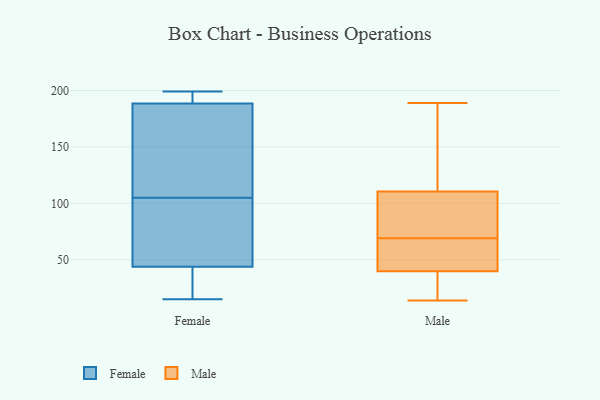
{"axis": {"x": "Energy Usage (MWh)", "y": "Value"}, "legend": ["Female", "Male"], "data": [{"x": "", "y": 105, "type": "Female"}, {"x": "", "y": 43, "type": "Female"}, {"x": "", "y": 46, "type": "Female"}, {"x": "", "y": 15, "type": "Female"}, {"x": "", "y": 189, "type": "Female"}, {"x": "", "y": 187, "type": "Female"}, {"x": "", "y": 199, "type": "Female"}, {"x": "", "y": 71, "type": "Female"}, {"x": "", "y": 16, "type": "Female"}, {"x": "", "y": 145, "type": "Female"}, {"x": "", "y": 189, "type": "Female"}, {"x": "", "y": 48, "type": "Male"}, {"x": "", "y": 14, "type": "Male"}, {"x": "", "y": 189, "type": "Male"}, {"x": "", "y": 42, "type": "Male"}, {"x": "", "y": 148, "type": "Male"}, {"x": "", "y": 33, "type": "Male"}, {"x": "", "y": 189, "type": "Male"}, {"x": "", "y": 55, "type": "Male"}, {"x": "", "y": 98, "type": "Male"}, {"x": "", "y": 90, "type": "Male"}, {"x": "", "y": 176, "type": "Male"}, {"x": "", "y": 69, "type": "Male"}, {"x": "", "y": 55, "type": "Male"}, {"x": "", "y": 18, "type": "Male"}, {"x": "", "y": 82, "type": "Male"}, {"x": "", "y": 83, "type": "Male"}, {"x": "", "y": 14, "type": "Male"}]}